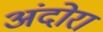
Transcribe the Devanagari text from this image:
अंदोरा